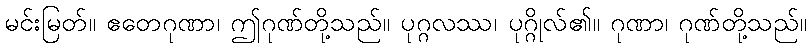
မင်းမြတ်။ ဧတေဂုဏာ၊ ဤဂုဏ်တို့သည်။ ပုဂ္ဂလဿ၊ ပုဂ္ဂိုလ်၏။ ဂုဏာ၊ ဂုဏ်တို့သည်။